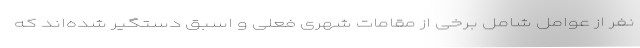
نفر از عوامل شامل برخی از مقامات شهری فعلی و اسبق دستگیر شده‌اند که